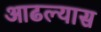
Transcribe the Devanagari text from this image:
आढल्यास